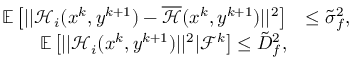
\begin{array} { r l } { \mathbb { E } \left[ | | \mathcal { H } _ { i } ( x ^ { k } , y ^ { k + 1 } ) - \overline { { \mathcal { H } } } ( x ^ { k } , y ^ { k + 1 } ) | | ^ { 2 } \right] } & { \leq \tilde { \sigma } _ { f } ^ { 2 } , } \\ { \mathbb { E } \left[ | | \mathcal { H } _ { i } ( x ^ { k } , y ^ { k + 1 } ) | | ^ { 2 } | \mathcal { F } ^ { k } \right] \leq \tilde { D } _ { f } ^ { 2 } , } \end{array}